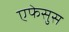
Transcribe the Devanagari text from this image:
एफेसुस